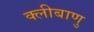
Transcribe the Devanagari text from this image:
क्लीबाणु